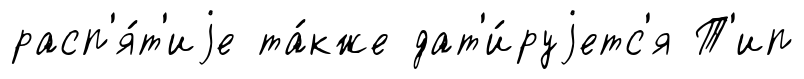
расп'я́т'иjе та́кже дат'и́руjетс'я Т'ип